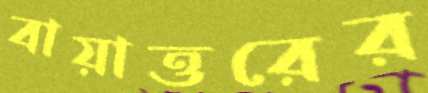
বায়াত্তরের